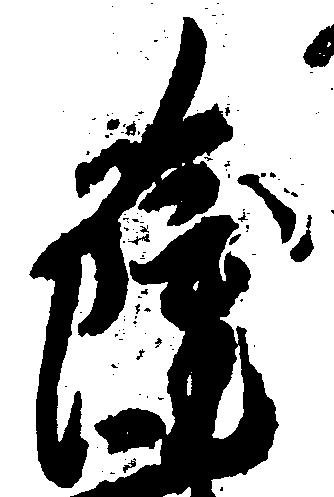
薩